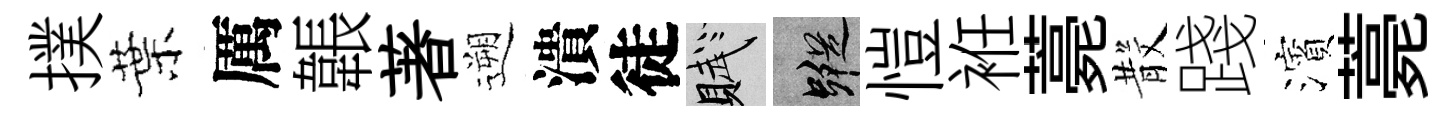
撲葉厲韔著遡潰徒賦蹤愷袵薧𣪚踐濱薧